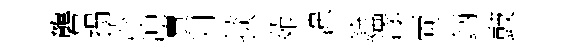
礱搨莎冲賣归掞苑漶銓潈両鈵鼓